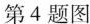
第4题图